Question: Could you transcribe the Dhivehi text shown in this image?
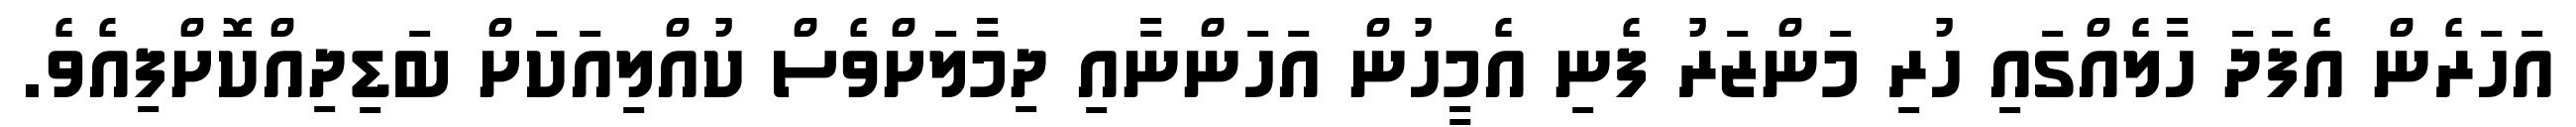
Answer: އަހަރެން އެފަދަ ހާލެއްގައި ހުރި މަންޒަރު ފެނި އެމީހުން އަހަންނާއި ދިމާލަށްވެސް ކުއްލިއަކަށް ބަޑިދިއްކޮށްފިއެވެ.